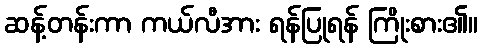
ဆန့်တန်းကာ ကယ်လီအား ရန်ပြုရန် ကြိုးစား၏။